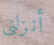
أنزلني